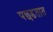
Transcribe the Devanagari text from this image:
पछडतात